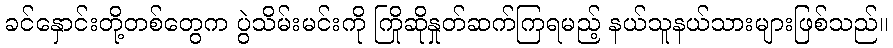
ခင်နှောင်းတို့တစ်တွေက ပွဲသိမ်းမင်းကို ကြိုဆိုနှုတ်ဆက်ကြရမည့် နယ်သူနယ်သားများဖြစ်သည်။